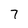
Character: 7